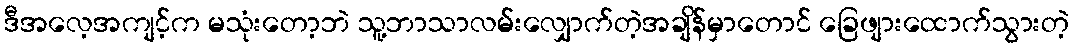
ဒီအလေ့အကျင့်က မသုံးတော့ဘဲ သူ့ဘာသာလမ်းလျှောက်တဲ့အချိန်မှာတောင် ခြေဖျားထောက်သွားတဲ့